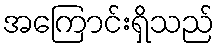
အကြောင်းရှိသည်